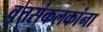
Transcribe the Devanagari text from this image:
वृत्तसंकलकांना